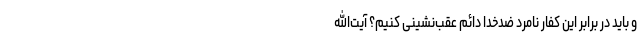
و باید در برابر این کفار نامرد ضدخدا دائم عقب‌نشینی کنیم؟ آیت‌الله